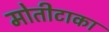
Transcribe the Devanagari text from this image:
मोतीटाका